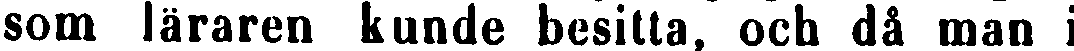
som läraren kunde besitta, och då man i